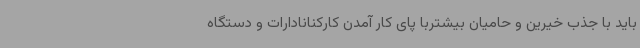
باید با جذب خیرین و حامیان بیشتربا پای کار آمدن کارکنانادارات و دستگاه